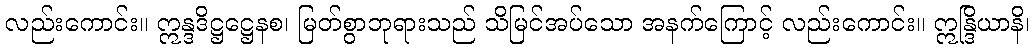
လည်းကောင်း။ ဣန္ဒဒိဋ္ဌဋ္ဌေနစ၊ မြတ်စွာဘုရားသည် သိမြင်အပ်သော အနက်ကြောင့် လည်းကောင်း။ ဣန္ဒြိယာနိ၊